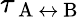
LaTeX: \tau_{\mathrm{~A~}\leftrightarrow\mathrm{~B~}}